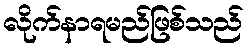
လိုက်နာရမည်ဖြစ်သည်